Civil Veterinary Dept. Bombay admin report 1923-31 - 1923-1931
Year: 1923
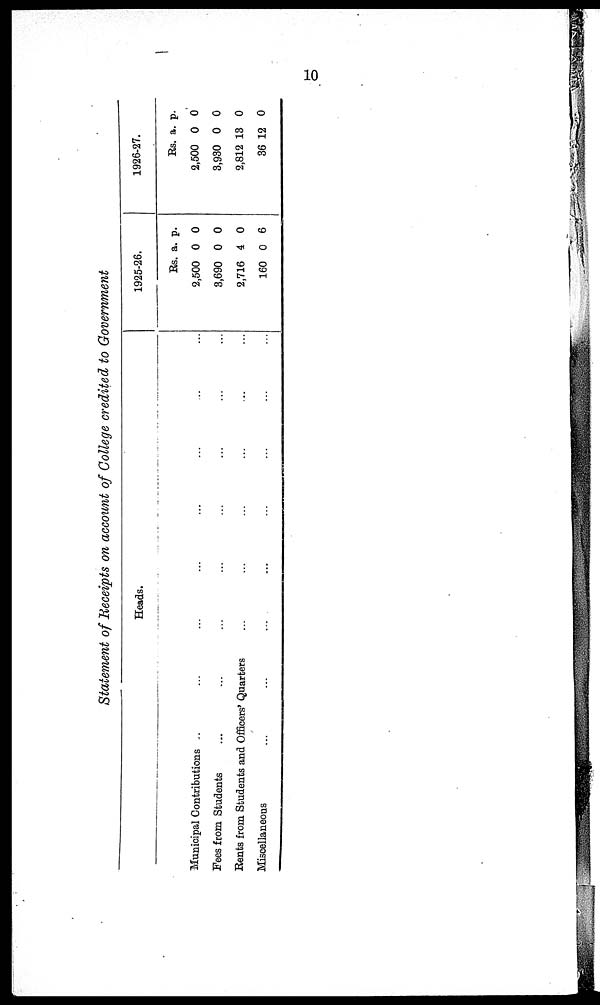
10
Statement of Receipts on account of College credited to Government
Heads.
Municipal Contributions .. ... ... ... ... ... ... ...
Fees from Students ... ...... ... ... ... ... ...
Bents from Students and Officers' Quarters... ... ... ... ... ...
Miscellaneous ... ...... ... ... ... ... ...
1925-26.
Rs.
2,500
3,690
2,716
160
a.
0
0
4
0
p.
0
0
0
6
1926-27.
Rs.
2,500
3,930
2,812
36
a.
0
0
13
12
p.
0
0
0
0